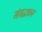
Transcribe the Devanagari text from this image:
संसद्भवन